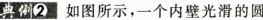
典例2如图所示，一个内壁光滑的圆